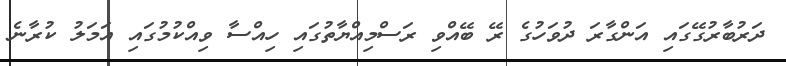
ދަރުބާރުގޭގައި އަންގާރަ ދުވަހުގެ ރޭ ބޭއްވި ރަސްމިއްޔާތުގައި ހިއްސާ ވިއްކުމުގައި އަމަލު ކުރާނެ